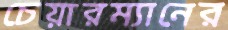
চেয়ারম্যানের